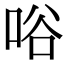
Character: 唂